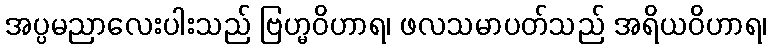
အပ္ပမညာလေးပါးသည် ဗြဟ္မဝိဟာရ၊ ဖလသမာပတ်သည် အရိယဝိဟာရ၊